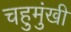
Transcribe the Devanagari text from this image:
चहुमुंखी